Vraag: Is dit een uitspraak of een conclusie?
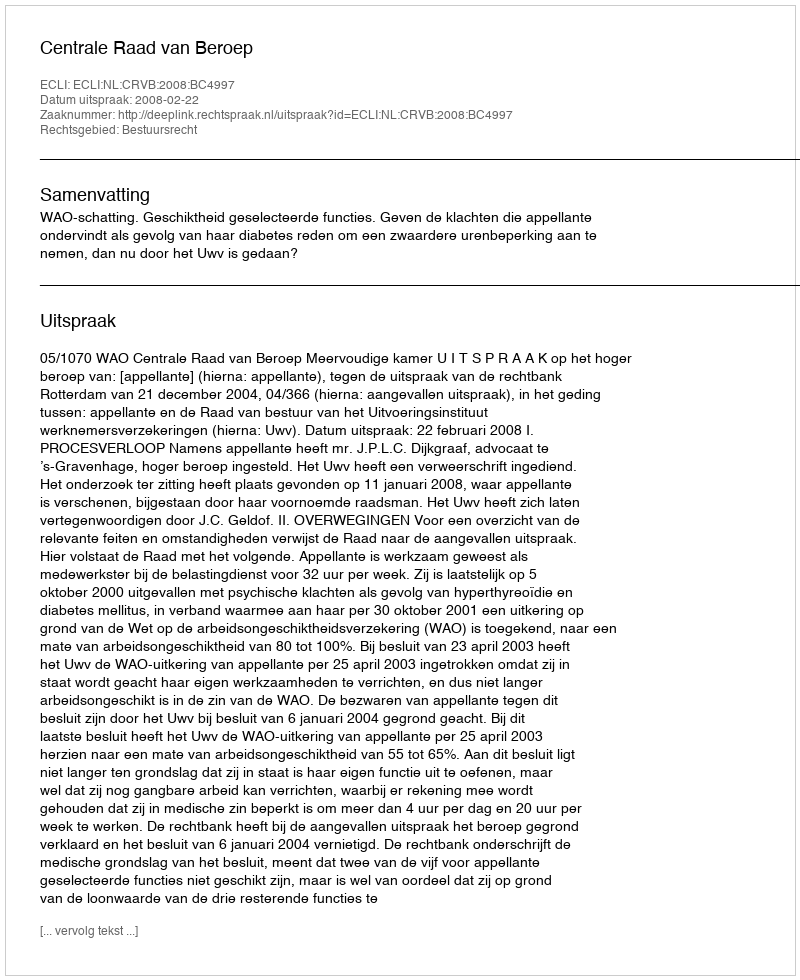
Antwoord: Uitspraak